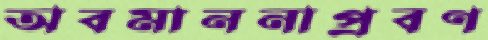
অবমাননাপ্রবণ